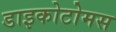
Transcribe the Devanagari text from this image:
डाइकोटोमस